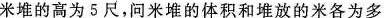
米堆的高为5尺，问米堆的体积和堆放的米各为多